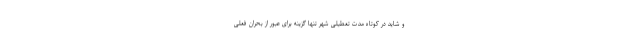
و شاید در کوتاه مدت تعطیلی شهر تنها گزینه برای عبور از بحران فعلی